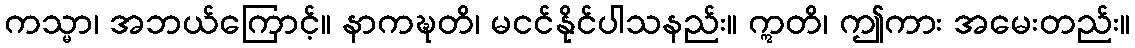
ကသ္မာ၊ အဘယ်ကြောင့်။ နာကဍ္ဎတိ၊ မငင်နိုင်ပါသနည်း။ ဣတိ၊ ဤကား အမေးတည်း။